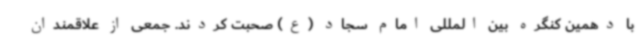
با دهمین کنگره بین المللی امام سجاد (ع) صحبت کردند. جمعی از علاقمندان